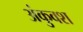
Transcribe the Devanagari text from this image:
अंकुवश